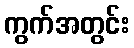
ကွက်အတွင်း